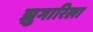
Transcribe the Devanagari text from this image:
झुगारिला